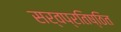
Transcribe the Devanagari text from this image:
सर्वप्रतिष्ठित